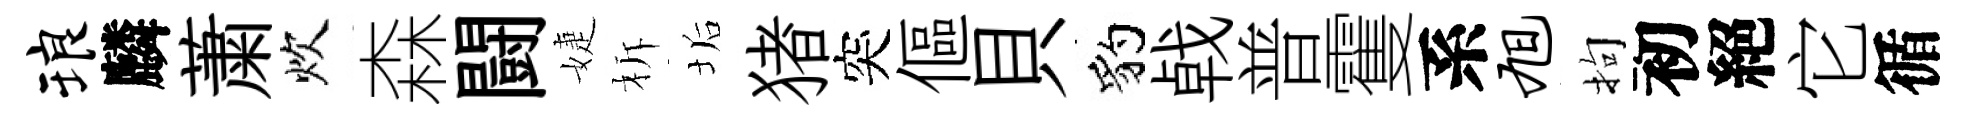
琅麟䔥炊森闘婕柝垢猪突傴貝豹㦸普䨥系旭拘初絕它循